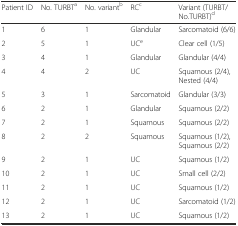
<table><thead><tr><td><b>Patient ID</b></td><td><b>No. TURBT<sup>a</sup></b></td><td><b>No. variant<sup>b</sup></b></td><td><b>RC<sup>c</sup></b></td><td><b>Variant (TURBT/No.TURBT)<sup>d</sup></b></td></tr></thead><tbody><tr><td>1</td><td>6</td><td>1</td><td>Glandular</td><td>Sarcomatoid (6/6)</td></tr><tr><td>2</td><td>5</td><td>1</td><td>UC<sup>e</sup></td><td>Clear cell (1/5)</td></tr><tr><td>3</td><td>4</td><td>1</td><td>Glandular</td><td>Glandular (4/4)</td></tr><tr><td>4</td><td>4</td><td>2</td><td>UC</td><td>Squamous (2/4), Nested (4/4)</td></tr><tr><td>5</td><td>3</td><td>1</td><td>Sarcomatoid</td><td>Glandular (3/3)</td></tr><tr><td>6</td><td>2</td><td>1</td><td>Glandular</td><td>Squamous (2/2)</td></tr><tr><td>7</td><td>2</td><td>1</td><td>Squamous</td><td>Squamous (2/2)</td></tr><tr><td>8</td><td>2</td><td>2</td><td>Squamous</td><td>Squamous (1/2), Squamous (2/2)</td></tr><tr><td>9</td><td>2</td><td>1</td><td>UC</td><td>Squamous (1/2)</td></tr><tr><td>10</td><td>2</td><td>1</td><td>UC</td><td>Small cell (2/2)</td></tr><tr><td>11</td><td>2</td><td>1</td><td>UC</td><td>Squamous (1/2)</td></tr><tr><td>12</td><td>2</td><td>1</td><td>UC</td><td>Sarcomatoid (1/2)</td></tr><tr><td>13</td><td>2</td><td>1</td><td>UC</td><td>Squamous (1/2)</td></tr></tbody></table>